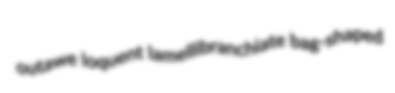
outawe loquent lamellibranchiate bag-shaped